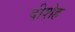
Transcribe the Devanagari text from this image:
दीशेह